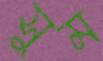
সুম